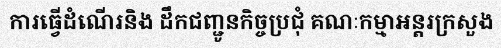
ការធ្វើដំណើរនិង ដឹកជញ្ជូនកិច្ចប្រជុំ គណៈកម្មាអន្តរក្រសួង